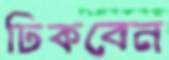
ঢিকবেন